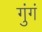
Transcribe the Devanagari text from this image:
गुंगं